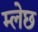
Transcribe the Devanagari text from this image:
म्लेछ